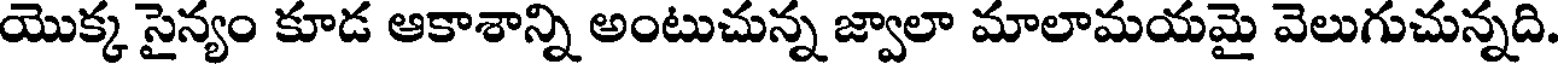
యొక్క సైన్యం కూడ ఆకాశాన్ని అంటుచున్న జ్వాలా మాలామయమై వెలుగుచున్నది.